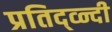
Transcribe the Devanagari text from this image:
प्रतिद्व्न्दी